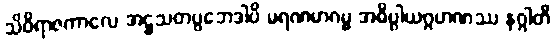
သိဝိရာဇကာလေ အဋ္ဌသတပ္ပဘေဒါပိ မရဏမာဂမ္မ အဓိပ္ပါယဂ္ဂဟဏဿ နဂ္ဂါတိ